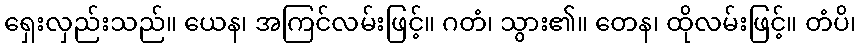
ရှေးလှည်းသည်။ ယေန၊ အကြင်လမ်းဖြင့်။ ဂတံ၊ သွား၏။ တေန၊ ထိုလမ်းဖြင့်။ တံပိ၊